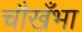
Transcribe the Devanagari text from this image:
चौखँभा